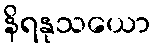
နိရနုသယော